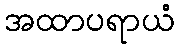
အထာပရာယံ